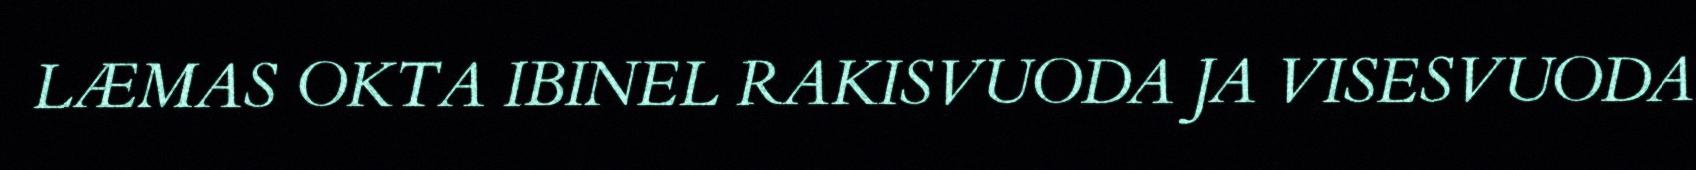
LÆMAS OKTA IBINEL RAKISVUODA JA VISESVUODA